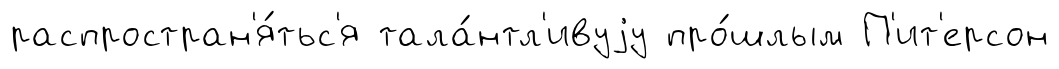
распростран'я́тьс'я тала́нтл'ивуjу про́шлым П'ит'ерсон